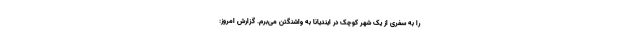
را به سفری از یک شهر کوچک در ایندیانا به واشنگتن می‌برم. گزارش امروز: